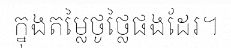
ក្នុងតម្លៃថូថ្លៃផងដែរ។